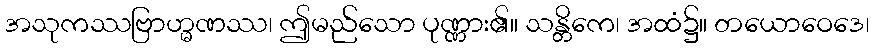
အသုကဿဗြာဟ္မဏဿ၊ ဤမည်သော ပုဏ္ဏား၏။ သန္တိကေ၊ အထံ၌။ တယောဝေဒေ၊